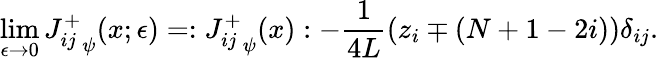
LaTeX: \operatorname*{lim}_{\epsilon\rightarrow 0}{J_{ij}^{+}}_{\psi}(x;\epsilon)=:{J_{ij}^{+}}_{\psi}(x):-\frac{1}{4L}\left(z_{i}\mp(N+1-2i)\right)\delta_{ij}.